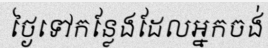
ថ្ងៃទៅកន្លែងដែលអ្នកចង់